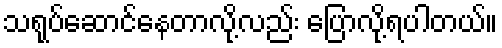
သရုပ်ဆောင်နေတာလို့လည်း ပြောလို့ရပါတယ်။